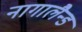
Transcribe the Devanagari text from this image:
नागालैन्ड